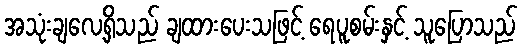
အသုံးချလေ့ရှိသည် ချထားပေးသဖြင့် ရေပူစမ်းနှင့် သူပြောသည်